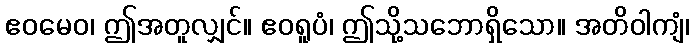
ဧဝမေဝ၊ ဤအတူလျှင်။ ဧဝရူပံ၊ ဤသို့သဘောရှိသော။ အတိဝါကျံ၊